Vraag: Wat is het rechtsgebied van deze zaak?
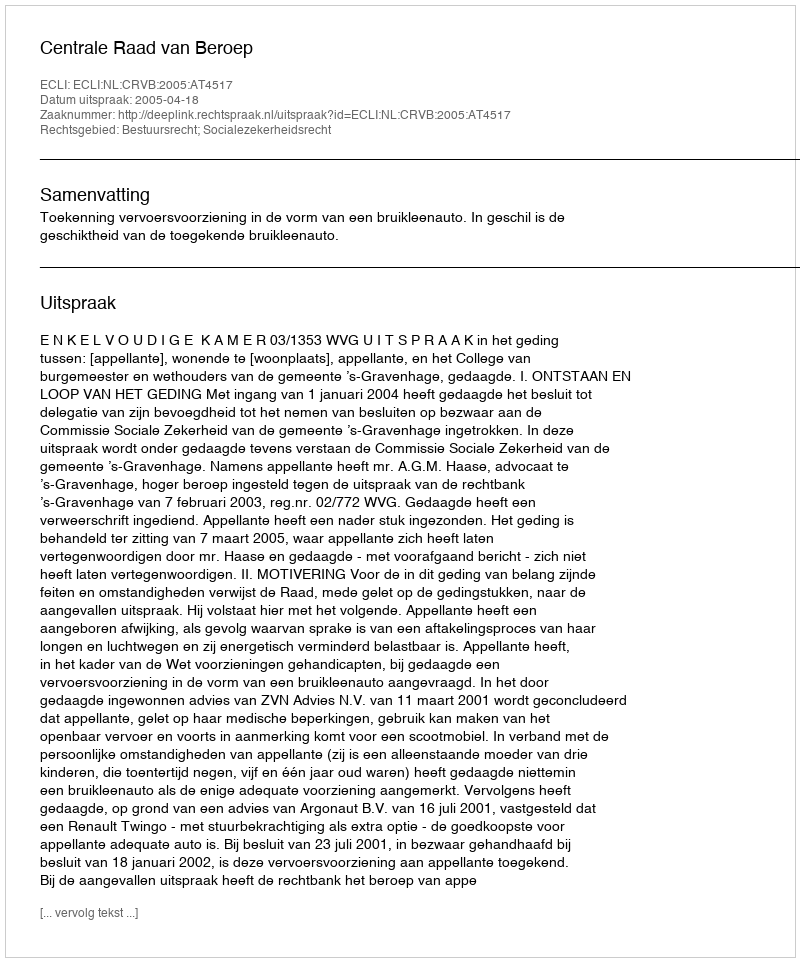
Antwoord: Bestuursrecht; Socialezekerheidsrecht